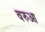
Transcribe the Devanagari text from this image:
वरुआ